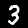
Digit: 3